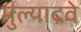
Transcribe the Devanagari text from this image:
मुल्याद्रवे